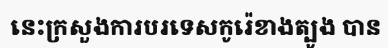
នេះក្រសួងការបរទេសកូរ៉េខាងត្បូង បាន